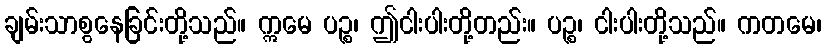
ချမ်းသာစွနေခြင်းတို့သည်။ ဣမေ ပဉ္စ၊ ဤငါးပါးတို့တည်း။ ပဉ္စ၊ ငါးပါးတို့သည်။ ကတမေ၊